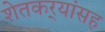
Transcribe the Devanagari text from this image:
शेतकर्‍यांसह